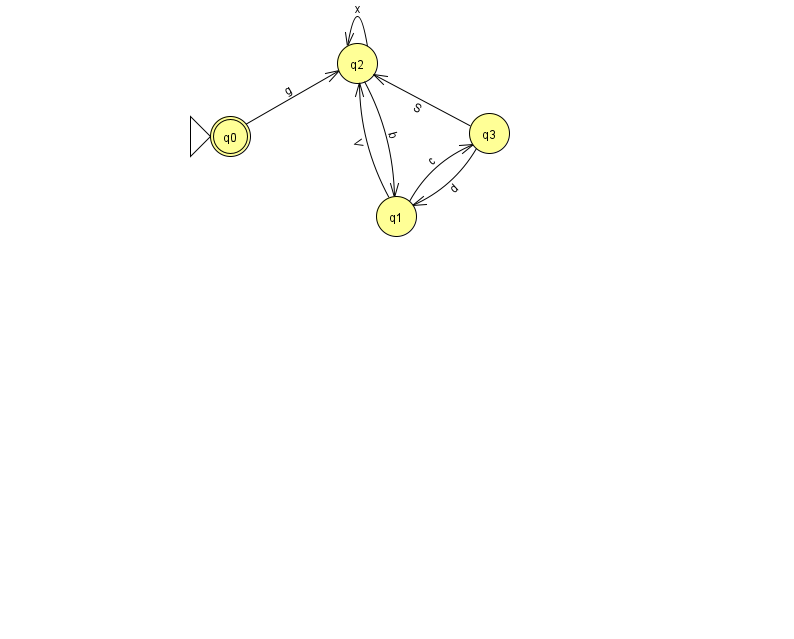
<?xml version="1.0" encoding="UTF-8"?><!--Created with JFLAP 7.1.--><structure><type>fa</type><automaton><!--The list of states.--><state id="0" name="q0"><x>230.0</x><y>123.0</y><initial/><final/></state><state id="1" name="q1"><x>396.0</x><y>203.0</y></state><state id="2" name="q2"><x>357.0</x><y>50.0</y></state><state id="3" name="q3"><x>489.0</x><y>120.0</y></state><!--The list of transitions.--><transition><from>3</from><to>2</to><read>S</read></transition><transition><from>2</from><to>1</to><read>b</read></transition><transition><from>2</from><to>2</to><read>x</read></transition><transition><from>3</from><to>1</to><read>d</read></transition><transition><from>1</from><to>2</to><read>V</read></transition><transition><from>1</from><to>3</to><read>c</read></transition><transition><from>0</from><to>2</to><read>g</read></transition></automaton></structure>